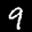
Label: 9